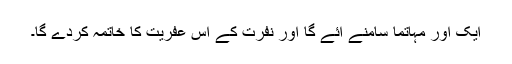
ایک اور مہاتما سامنے آئے گا اور نفرت کے اس عفریت کا خاتمہ کردے گا۔